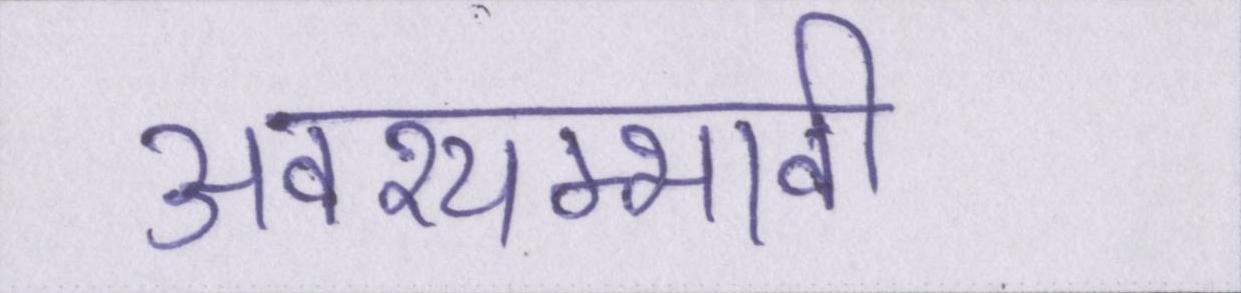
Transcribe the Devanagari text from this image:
अवश्यम्भावी